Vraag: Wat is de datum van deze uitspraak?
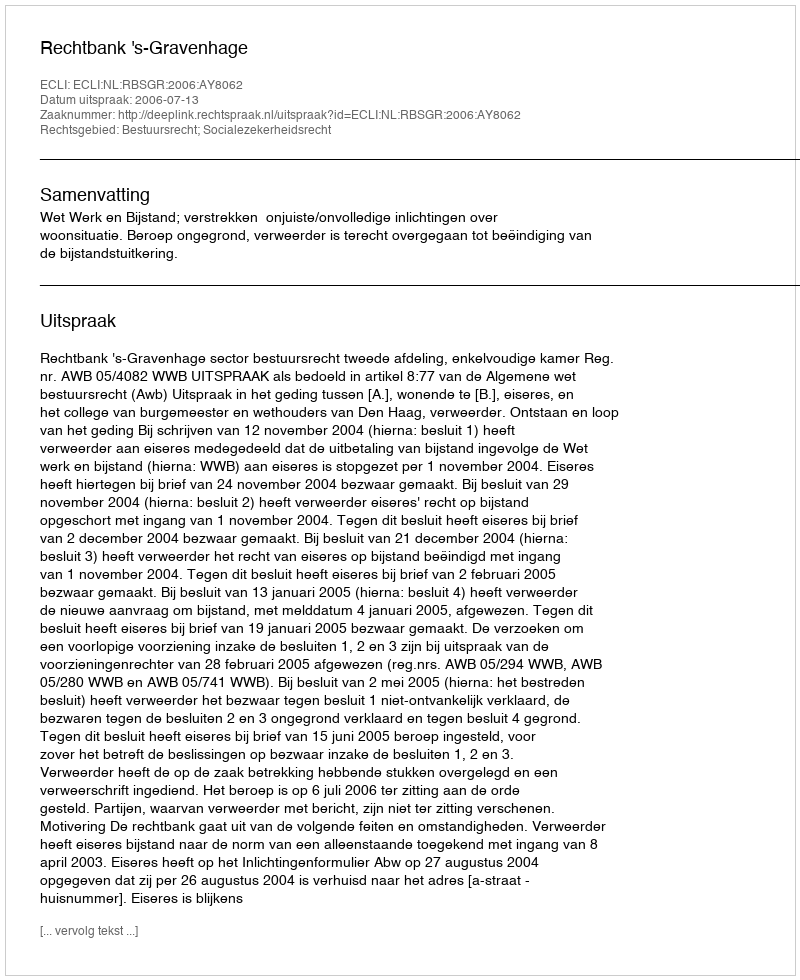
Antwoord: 2006-07-13